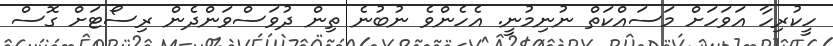
ހީކުރިހާ އަވަހަށް މަސައްކަތް ނުނިމުނީ. އެހެންވެ ނުބުނެ ތިން ދުވަސްވަންދެން ރިސޯޓަށް ގޮސް